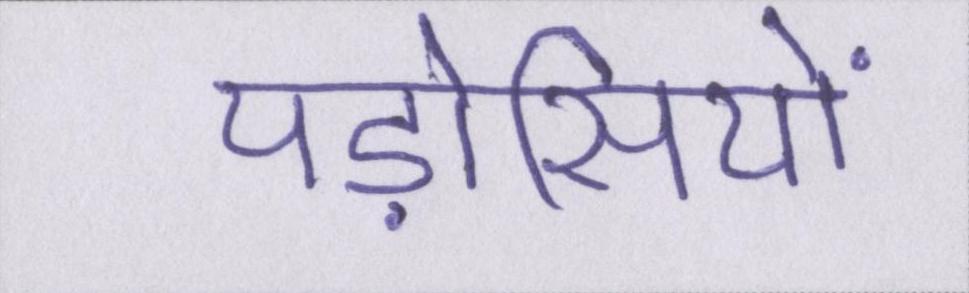
पड़ोसियों